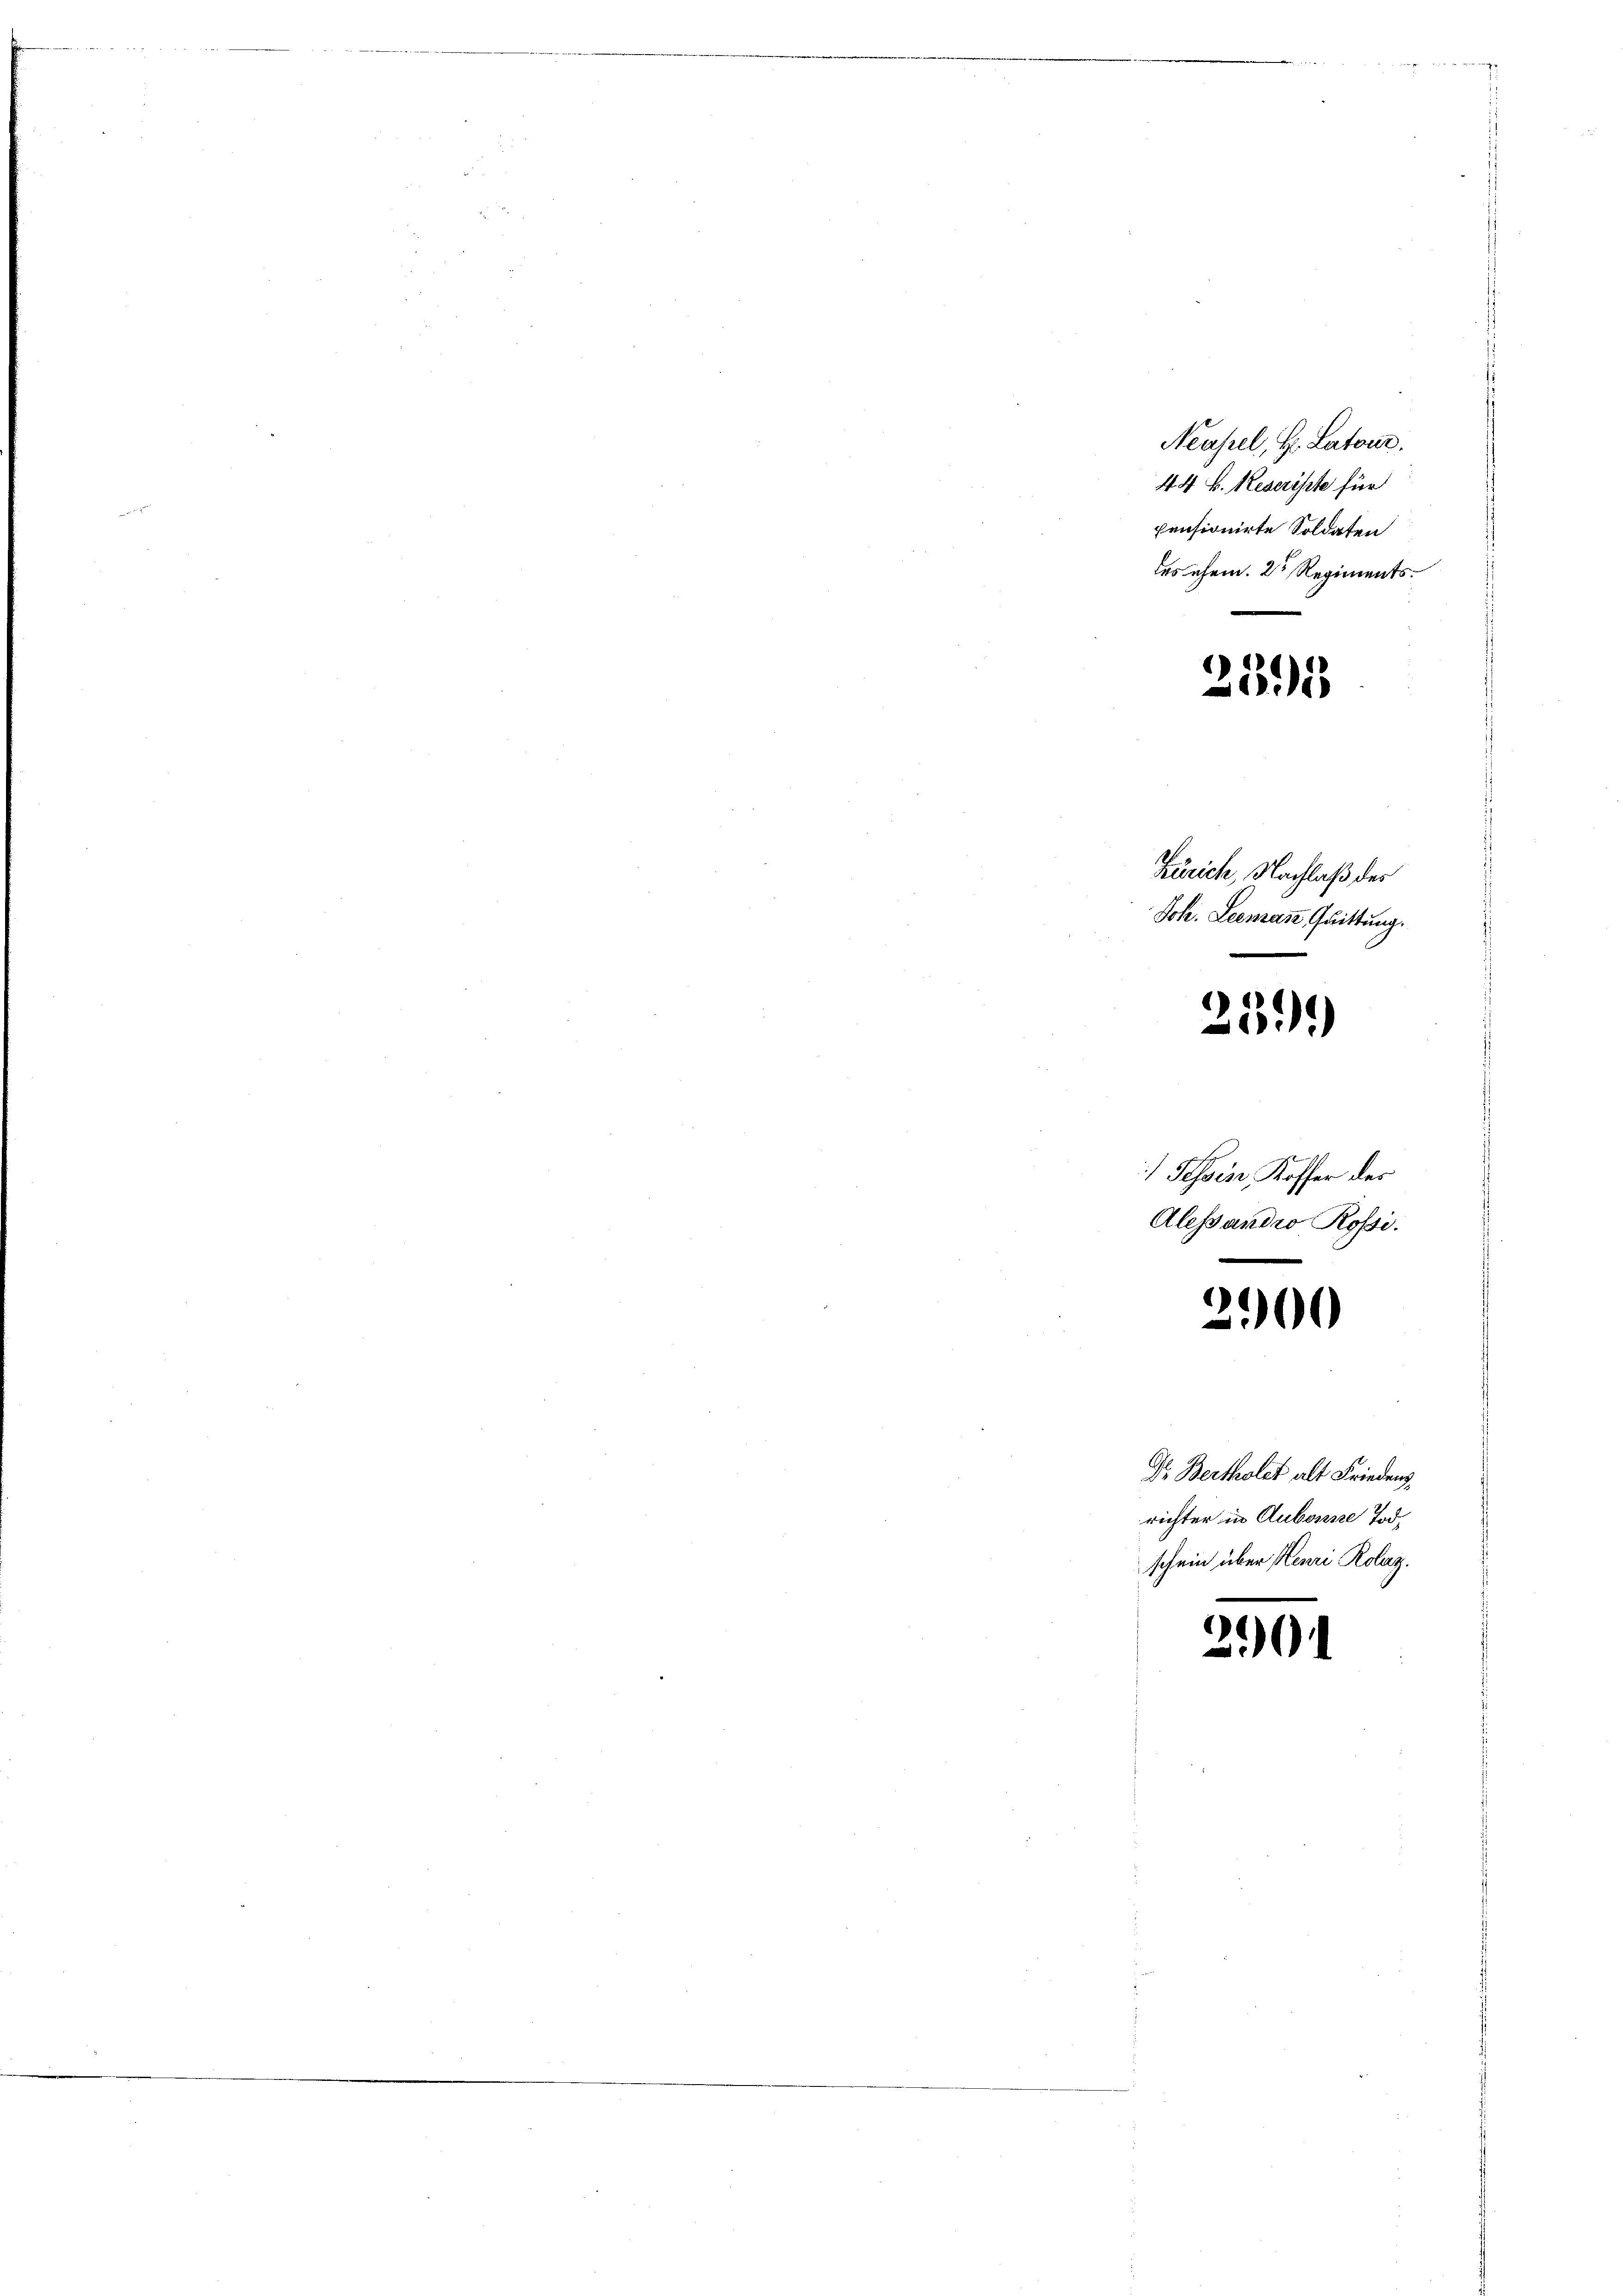
Neapel, Hr. Latone.
44. B. Reserisste für
pensionirte Soldaten
des ehem. 2 Regiments.

Zürich, Nachlaß des
Joh. Leemann, Quittung.
.

2595

e
:

Tessin Koffer des
Alessandio Rossi.

¬
)

Dr. Bertholet alt Friedens
richter in Aubonne Tod.
schein über Henri Rolaz.

21)